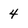
Character: 4